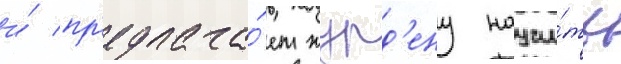
и́ пр'едлага́ет журд'ену научи́ть